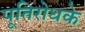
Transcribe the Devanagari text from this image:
पूतिरोधके